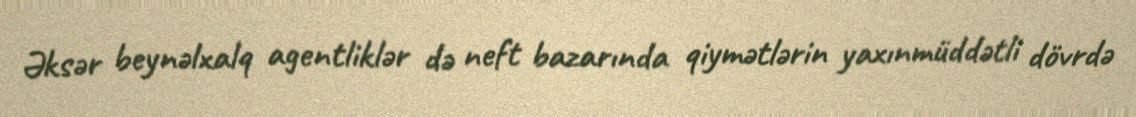
Əksər beynəlxalq agentliklər də neft bazarında qiymətlərin yaxınmüddətli dövrdə